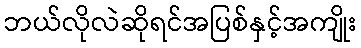
ဘယ်လိုလဲဆိုရင်အပြစ်နှင့်အကျိုး